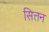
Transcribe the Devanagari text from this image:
सित्तन